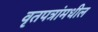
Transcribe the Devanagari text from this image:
वृतपत्रांमधील